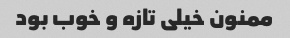
ممنون خیلی تازه و خوب بود